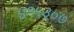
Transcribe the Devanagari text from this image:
४१५३०७